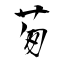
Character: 茐